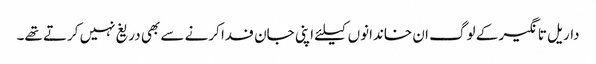
داریل تانگیر کے لوگ ان خاندانوں کیلئے اپنی جان فدا کرنے سے بھی دریغ نہیں کرتے تھے۔